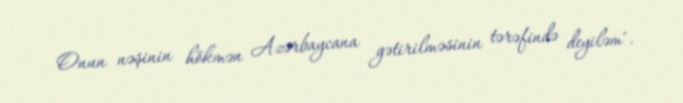
Onun nəşinin hökmən Azərbaycana gətirilməsinin tərəfində deyiləm".